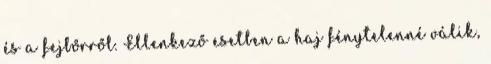
és a fejbőrről. Ellenkező esetben a haj fénytelenné válik,